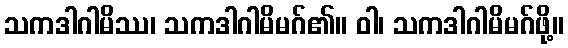
သကဒါဂါမိဿ၊ သကဒါဂါမိမဂ်၏။ ဝါ၊ သကဒါဂါမိမဂ်ဖို့။